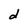
Character: d